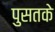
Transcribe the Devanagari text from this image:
पुसतके